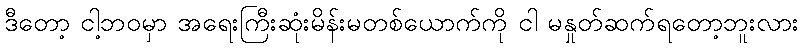
ဒီတော့ ငါ့ဘဝမှာ အရေးကြီးဆုံးမိန်းမတစ်ယောက်ကို ငါ မနှုတ်ဆက်ရတော့ဘူးလား